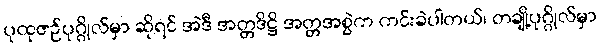
ပုထုဇဉ်ပုဂ္ဂိုလ်မှာ ဆိုရင် အဲဒီ အတ္တဒိဋ္ဌိ အတ္တအစွဲက ကင်းခဲပါတယ်၊ တချို့ပုဂ္ဂိုလ်မှာ